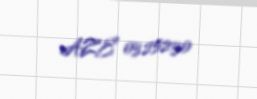
AZE 0325230